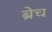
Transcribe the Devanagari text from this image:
ब्रेच